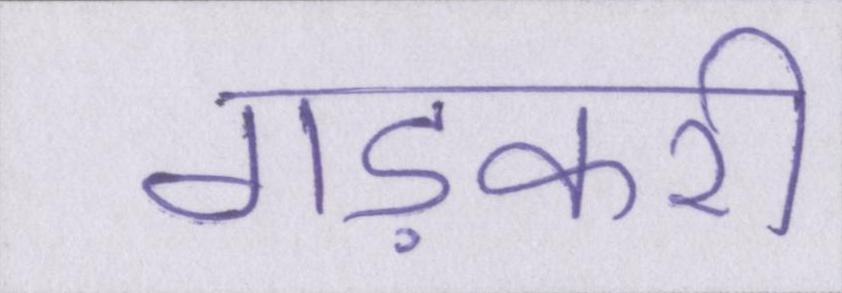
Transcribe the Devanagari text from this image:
गड़करी